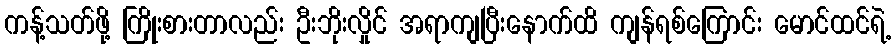
ကန့်သတ်ဖို့ ကြိုးစားတာလည်း ဦးဘိုးလှိုင် အရာကျပြီးနောက်ထိ ကျန်ရစ်ကြောင်း မောင်ထင်ရဲ့